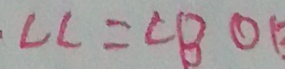
\angle C = \angle B O